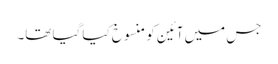
جس میں آئین کو منسوخ کیا گیا تھا۔